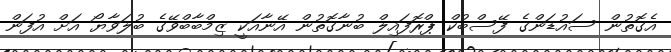
އެގޮތުން ސައުޑަންގެ ފޭސްބުކް ޕްރޮފައިލް ބުނާގޮތުން އޭނާއަކީ ޒިމްބާބްވޭގެ ބުލަވާޔޯ އަށް އުފަން